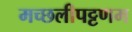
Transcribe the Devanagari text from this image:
मच्‍छलीपट्टणम